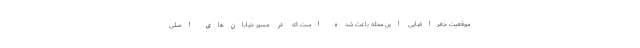
موقعیت جغرافیایی این محله باعث شده است که در مسیر خیابان‌های اصلی